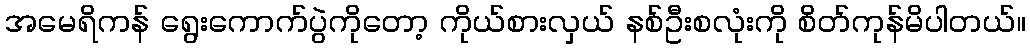
အမေရိကန် ရွေးကောက်ပွဲကိုတော့ ကိုယ်စားလှယ် နစ်ဦးစလုံးကို စိတ်ကုန်မိပါတယ်။